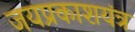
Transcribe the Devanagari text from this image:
जयप्रकाशयंत्र